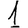
Digit: 1